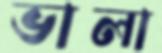
ভালা